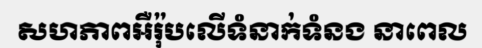
សហភាពអឺរ៉ុបលើទំនាក់ទំនង នាពេល